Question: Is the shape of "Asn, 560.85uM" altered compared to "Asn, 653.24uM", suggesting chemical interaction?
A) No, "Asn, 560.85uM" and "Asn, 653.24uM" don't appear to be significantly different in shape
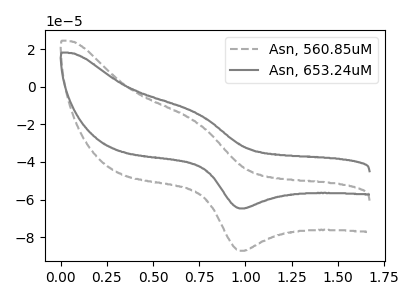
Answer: <think>The gray dashed curve "Asn, 560.85uM" has an anodic peak at (0.75V, -18.80uA) and a cathodic peak at (1.00V, -87.25uA). The gray curve "Asn, 653.24uM" has an anodic peak at (0.75V, -13.95uA) and a cathodic peak at (1.00V, -64.70uA).
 All the peaks in "Asn, 560.85uM" have a peak in "Asn, 653.24uM" at the same potential.</think>
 <answer>A) No, "Asn, 560.85uM" and "Asn, 653.24uM" don't appear to be significantly different in shape</answer>
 <eval>A</eval>